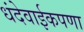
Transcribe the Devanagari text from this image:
धंदेवाईकपणा